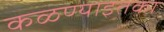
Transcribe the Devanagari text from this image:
कळण्याइतका